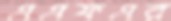
এএফএর